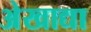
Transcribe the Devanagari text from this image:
अेखाद्या